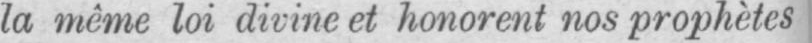
la même loi divine et honorent nos prophètes